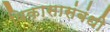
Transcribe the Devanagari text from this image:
विकासासंबंधी